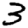
Digit: 3